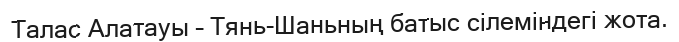
Талас Алатауы – Тянь-Шаньның батыс сілеміндегі жота.